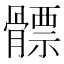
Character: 𩪊